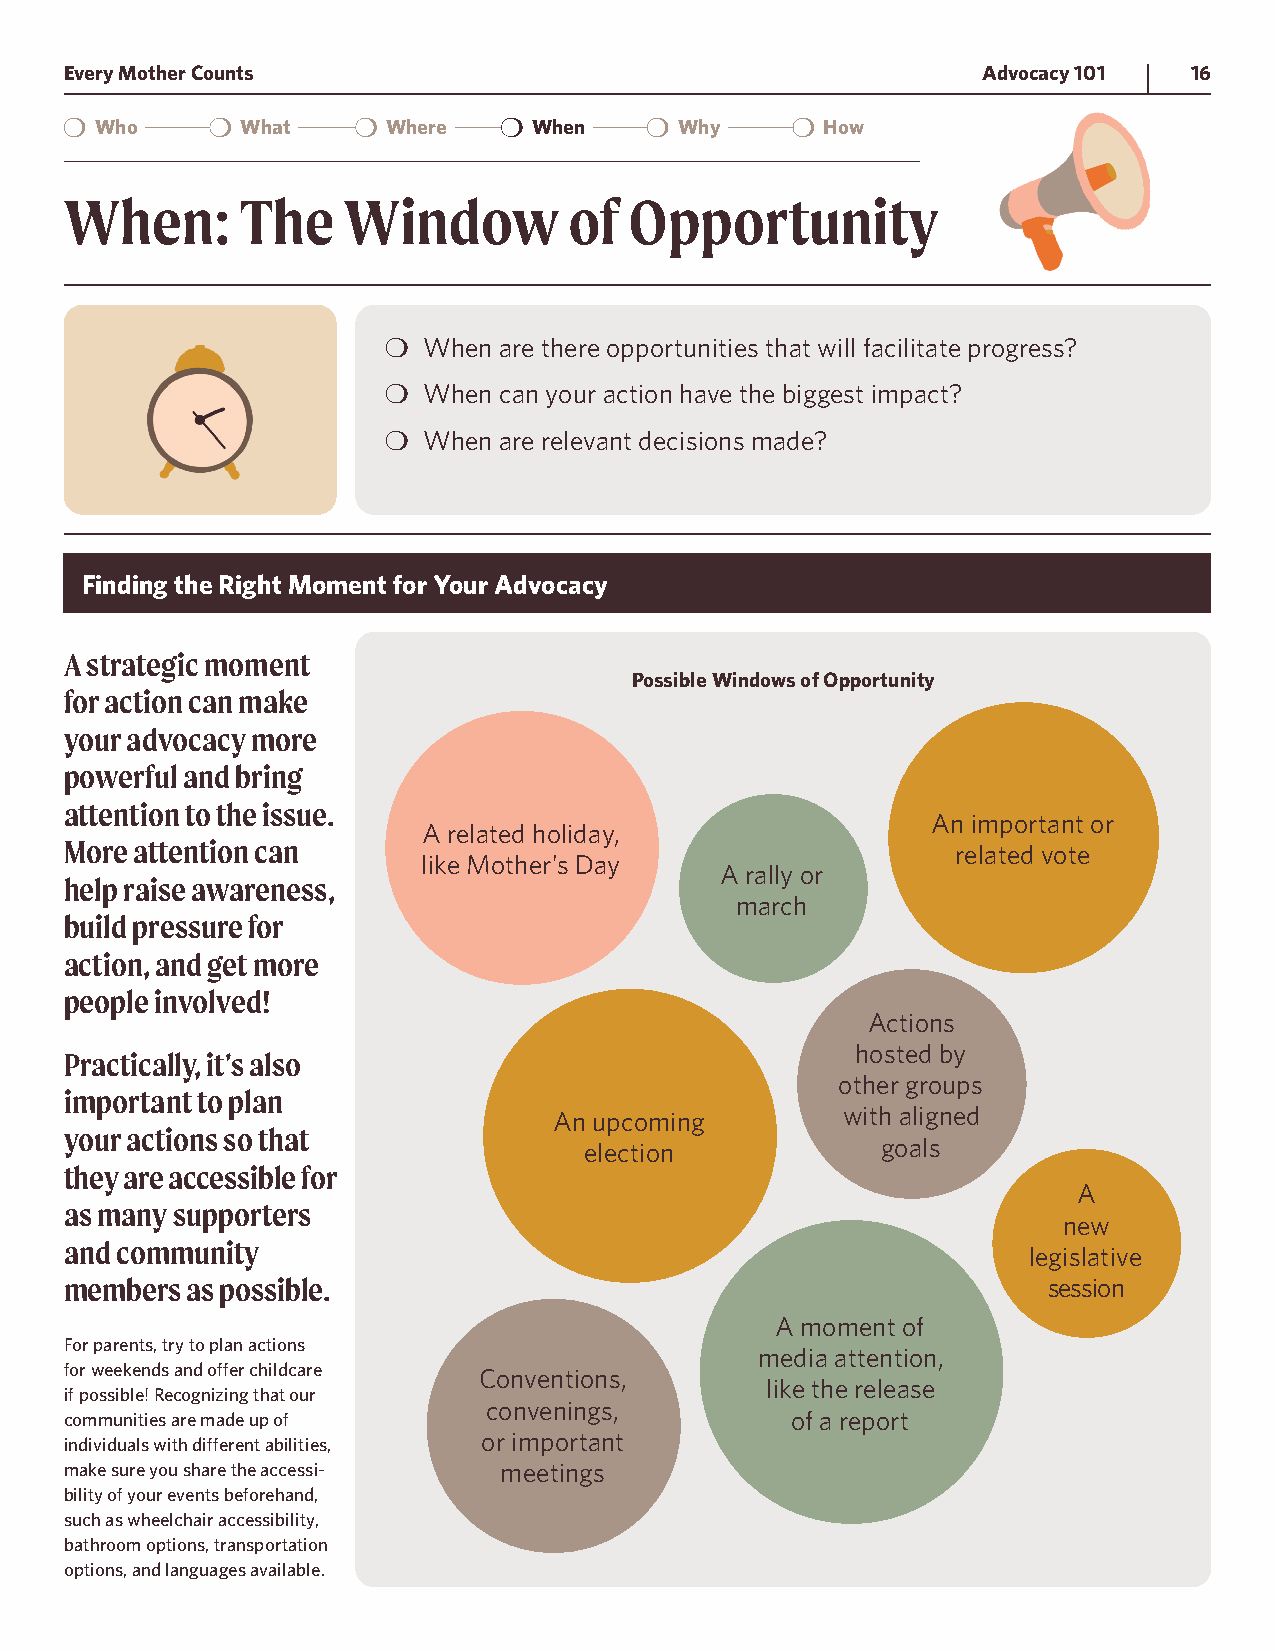
Every Mother Counts                                          Advocacy 101  16
 Who       What      Where    When      Why       How
 When:       The    Window         of  Opportunity
 ❍ When are there opportunities that will facilitate progress?
 ❍ When can your action have the biggest impact?
 ❍ When are relevant decisions made?
 Finding the Right Moment for Your Advocacy
 A strategic moment
 Possible Windows of Opportunity
 for action can make
 your advocacy more
 powerful and bring
 attention to the issue.
 An important or
 A related holiday,
 More attention can
 related vote
 like Mother’s Day
 A rally or
 help raise awareness,
 march
 build pressure for
 action, and get more
 people involved!
 Actions
 hosted by
 Practically, it’s also
 other groups
 important to plan
 An upcoming        with aligned
 your actions so that
 election           goals
 they are accessible for
 A
 as many supporters
 new
 and community
 legislative
 members as possible.                                             session
 A moment of
 For parents, try to plan actions
 media attention,
 for weekends and offer childcare Conventions,
 like the release
 if possible! Recognizing that our
 convenings,
 communities are made up of                      of a report
 or important
 individuals with different abilities,
 make sure you share the accessi- meetings
 bility of your events beforehand,
 such as wheelchair accessibility,
 bathroom options, transportation
 options, and languages available.